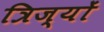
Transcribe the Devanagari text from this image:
त्रिज्यों